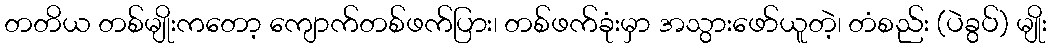
တတိယ တစ်မျိုးကတော့ ကျောက်တစ်ဖက်ပြား၊ တစ်ဖက်ခုံးမှာ အသွားဖော်ယူတဲ့၊ တံစည်း (ပဲခွပ်) မျိုး